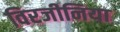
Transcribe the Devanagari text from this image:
विरजीनिया